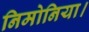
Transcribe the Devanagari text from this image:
निमोनिया।